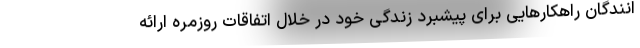
انندگان راهکارهایی برای پیشبرد زندگی خود در خلال اتفاقات روزمره ارائه